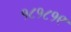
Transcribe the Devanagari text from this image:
१८१८१९